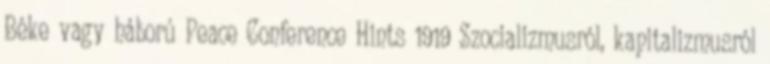
Béke vagy háború Peace Conference Hints 1919 Szocializmusról, kapitalizmusról